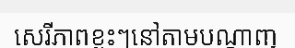
សេរីភាពខ្លះៗនៅតាមបណ្តាញ